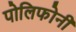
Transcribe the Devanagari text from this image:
पोलिफोनी